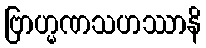
ဗြာဟ္မဏသဟဿာနိ